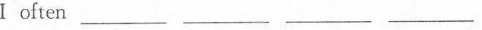
I often___ ___ ___ ___